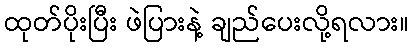
ထုတ်ပိုးပြီး ဖဲပြားနဲ့ ချည်ပေးလို့ရလား။